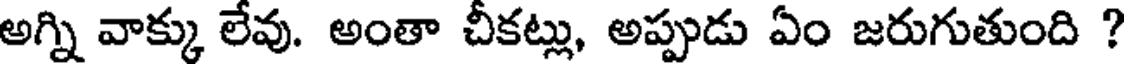
అగ్ని వాక్కు లేవు. అంతా చీకట్లు, అప్పుడు ఏం జరుగుతుంది ?